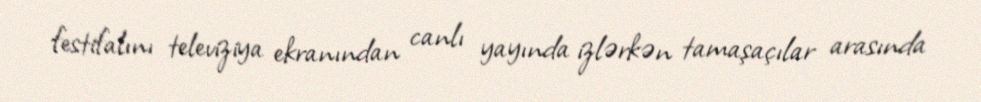
festifalını televiziya ekranından canlı yayında izlərkən tamaşaçılar arasında